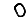
Digit: 0